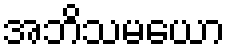
အဘိသမယော